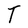
Character: T